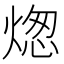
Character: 㷓